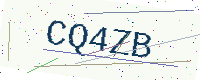
Text: CQ4ZB